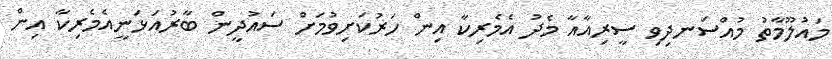
މައުލޫމާތު މުއްސަނދިވި ސީރިއާއާ މެދު އެމެރިކާ އިން ހަރުކަށިވުމަށް ސައުދީން ބާރުއަޅަނީއެމެރިކާ އިން